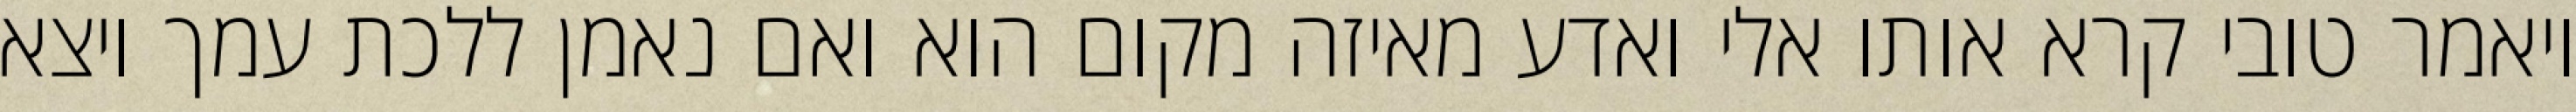
ויאמר טובי קרא אותו אלי ואדע מאיזה מקום הוא ואם נאמן ללכת עמך ויצא